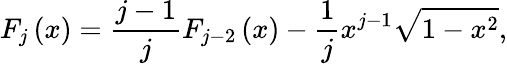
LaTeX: F_{j}\left(x\right)=\frac{j-1}{j}F_{j-2}\left(x\right)-\frac{1}{j}x^{j-1}\sqrt{1-x^{2}},